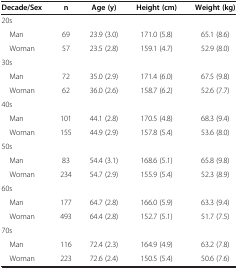
| Decade/Sex | n | Age (y) | Height (cm) | Weight (kg) |
 | --- | --- | --- | --- | --- |
 | 20s |  |  |  |  |
 | Man | 69 | 23.9 (3.0) | 171.0 (5.8) | 65.1 (8.6) |
 | Woman | 57 | 23.5 (2.8) | 159.1 (4.7) | 52.9 (8.0) |
 | 30s |  |  |  |  |
 | Man | 72 | 35.0 (2.9) | 171.4 (6.0) | 67.5 (9.8) |
 | Woman | 62 | 36.0 (2.6) | 158.7 (6.2) | 52.6 (7.7) |
 | 40s |  |  |  |  |
 | Man | 101 | 44.1 (2.8) | 170.5 (4.8) | 68.3 (9.4) |
 | Woman | 155 | 44.9 (2.9) | 157.8 (5.4) | 53.6 (8.0) |
 | 50s |  |  |  |  |
 | Man | 83 | 54.4 (3.1) | 168.6 (5.1) | 65.8 (9.8) |
 | Woman | 234 | 54.7 (2.9) | 155.9 (5.4) | 52.3 (8.9) |
 | 60s |  |  |  |  |
 | Man | 177 | 64.7 (2.8) | 166.0 (5.9) | 63.3 (9.4) |
 | Woman | 493 | 64.4 (2.8) | 152.7 (5.1) | 51.7 (7.5) |
 | 70s |  |  |  |  |
 | Man | 116 | 72.4 (2.3) | 164.9 (4.9) | 63.2 (7.8) |
 | Woman | 223 | 72.6 (2.4) | 150.5 (5.4) | 50.6 (7.6) |